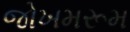
જોખમરૂમ